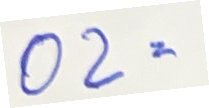
02 =